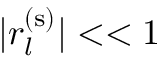
\rvert r _ { l } ^ { ( \mathrm { s } ) } \rvert < < 1